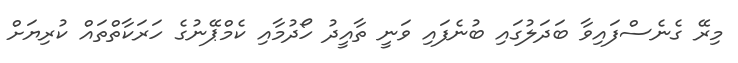
މިރޭ ގެނެސްފައިވާ ބަދަލުގައި ބުނެފައި ވަނީ ތާއީދު ހޯދުމާއި ކެމްޕޭނުގެ ހަރަކާތްތައް ކުރިޔަށް